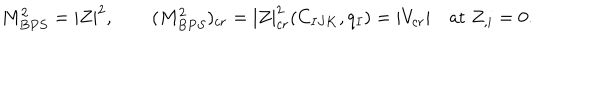
M _ { B P S } ^ { 2 } = | Z | ^ { 2 } , \qquad ( M _ { B P S } ^ { 2 } ) _ { c r } = | Z | _ { c r } ^ { 2 } ( C _ { I J K } , q _ { I } ) = | V _ { c r } | \quad \mathrm { a t } \; Z _ { , i } = 0 .